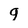
Character: 9